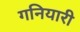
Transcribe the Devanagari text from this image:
गनियारी